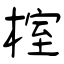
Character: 榁